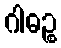
ဂါဓဉ္စ